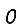
Digit: 0